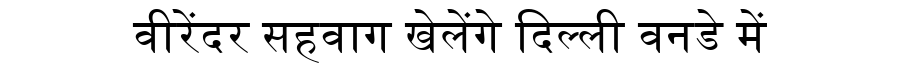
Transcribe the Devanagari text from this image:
वीरेंदर सहवाग खेलेंगे दिल्ली वनडे में